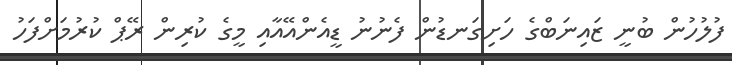
ފުލުހުން ބުނީ ޒައިނަބްގެ ހަށިގަނޑުން ފެނުނު ޑީއެންއޭއާއި މީގެ ކުރިން ރޭޕް ކުރުމަށްފަހު